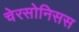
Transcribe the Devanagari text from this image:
चेरसोनिसस